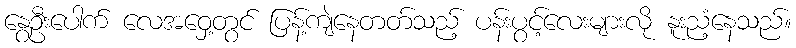
နွေဦးပေါက် လေအဝှေ့တွင် ပြန့်ကျဲနေတတ်သည့် ပန်းပွင့်လေးများလို နူးညံ့နေသည်။